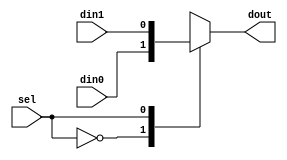
module mux2to1 #(parameter N = 1)(input sel, 
                                  input [N-1:0] din0,
                                  input [N-1:0] din1,
                                  output reg [N-1:0] dout
    );
  
  //multiplexor
  always @*
  begin
    case (sel)
     0 : dout = din0;
     1 : dout = din1;
     default : dout = din0;
  endcase
  end
  
  
  
endmodule